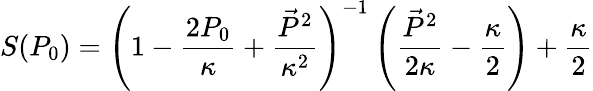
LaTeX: S(P_{0})=\left(1-\frac{2P_{0}}{\kappa}+\frac{\vec{P}^{2}}{\kappa^{2}}\right)^{-1}\left(\frac{\vec{P}^{2}}{2\kappa}-\frac{\kappa}{2}\right)+\frac{\kappa}{2}